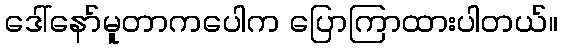
ဒေါ်နော်မူတာကပေါက ပြောကြာထားပါတယ်။